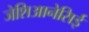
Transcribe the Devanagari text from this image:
जेशिआनेसिई